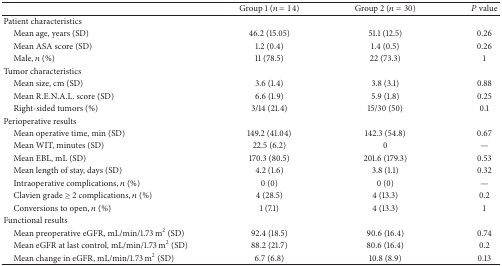
<table><thead><tr><td><b> </b></td><td><b>Group 1 (<i>n</i> = 14)</b></td><td><b>Group 2 (<i>n</i> = 30)</b></td><td><b><i>P</i> value</b></td></tr></thead><tbody><tr><td>Patient characteristics</td><td> </td><td> </td><td> </td></tr><tr><td> Mean age, years (SD)</td><td>46.2 (15.05)</td><td>51.1 (12.5)</td><td>0.26</td></tr><tr><td> Mean ASA score (SD)</td><td>1.2 (0.4)</td><td>1.4 (0.5)</td><td>0.26</td></tr><tr><td> Male, <i>n</i> (%)</td><td>11 (78.5)</td><td>22 (73.3)</td><td>1</td></tr><tr><td>Tumor characteristics</td><td> </td><td> </td><td> </td></tr><tr><td> Mean size, cm (SD)</td><td>3.6 (1.4)</td><td>3.8 (3.1)</td><td>0.88</td></tr><tr><td> Mean R.E.N.A.L. score (SD)</td><td>6.6 (1.9)</td><td>5.9 (1.8)</td><td>0.25</td></tr><tr><td> Right-sided tumors (%)</td><td>3/14 (21.4)</td><td>15/30 (50)</td><td>0.1</td></tr><tr><td>Perioperative results</td><td> </td><td> </td><td> </td></tr><tr><td> Mean operative time, min (SD)</td><td>149.2 (41.04)</td><td>142.3 (54.8)</td><td>0.67</td></tr><tr><td> Mean WIT, minutes (SD)</td><td>22.5 (6.2)</td><td>0</td><td>—</td></tr><tr><td> Mean EBL, mL (SD)</td><td>170.3 (80.5)</td><td>201.6 (179.3)</td><td>0.53</td></tr><tr><td> Mean length of stay, days (SD)</td><td>4.2 (1.6)</td><td>3.8 (1.1)</td><td>0.32</td></tr><tr><td> Intraoperative complications, <i>n</i> (%)</td><td>0 (0)</td><td>0 (0)</td><td>—</td></tr><tr><td> Clavien grade ≥ 2 complications, <i>n</i> (%)</td><td>4 (28.5)</td><td>4 (13.3)</td><td>0.2</td></tr><tr><td> Conversions to open, <i>n</i> (%)</td><td>1 (7.1)</td><td>4 (13.3)</td><td>1</td></tr><tr><td>Functional results</td><td> </td><td> </td><td> </td></tr><tr><td> Mean preoperative eGFR, mL/min/1.73 m<sup>2</sup> (SD)</td><td>92.4 (18.5)</td><td>90.6 (16.4)</td><td>0.74</td></tr><tr><td> Mean eGFR at last control, mL/min/1.73 m<sup>2</sup> (SD)</td><td>88.2 (21.7)</td><td>80.6 (16.4)</td><td>0.2</td></tr><tr><td> Mean change in eGFR, mL/min/1.73 m<sup>2</sup> (SD)</td><td>6.7 (6.8)</td><td>10.8 (8.9)</td><td>0.13</td></tr></tbody></table>